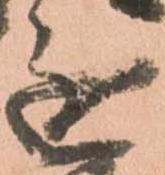
進